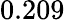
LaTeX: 0.209